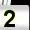
Digit: 2